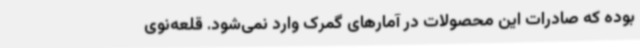
بوده که صادرات این محصولات در آمارهای گمرک وارد نمی‌شود. قلعه‌نوی